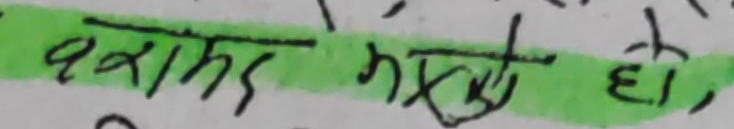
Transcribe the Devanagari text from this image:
खास मुद्धा हो,